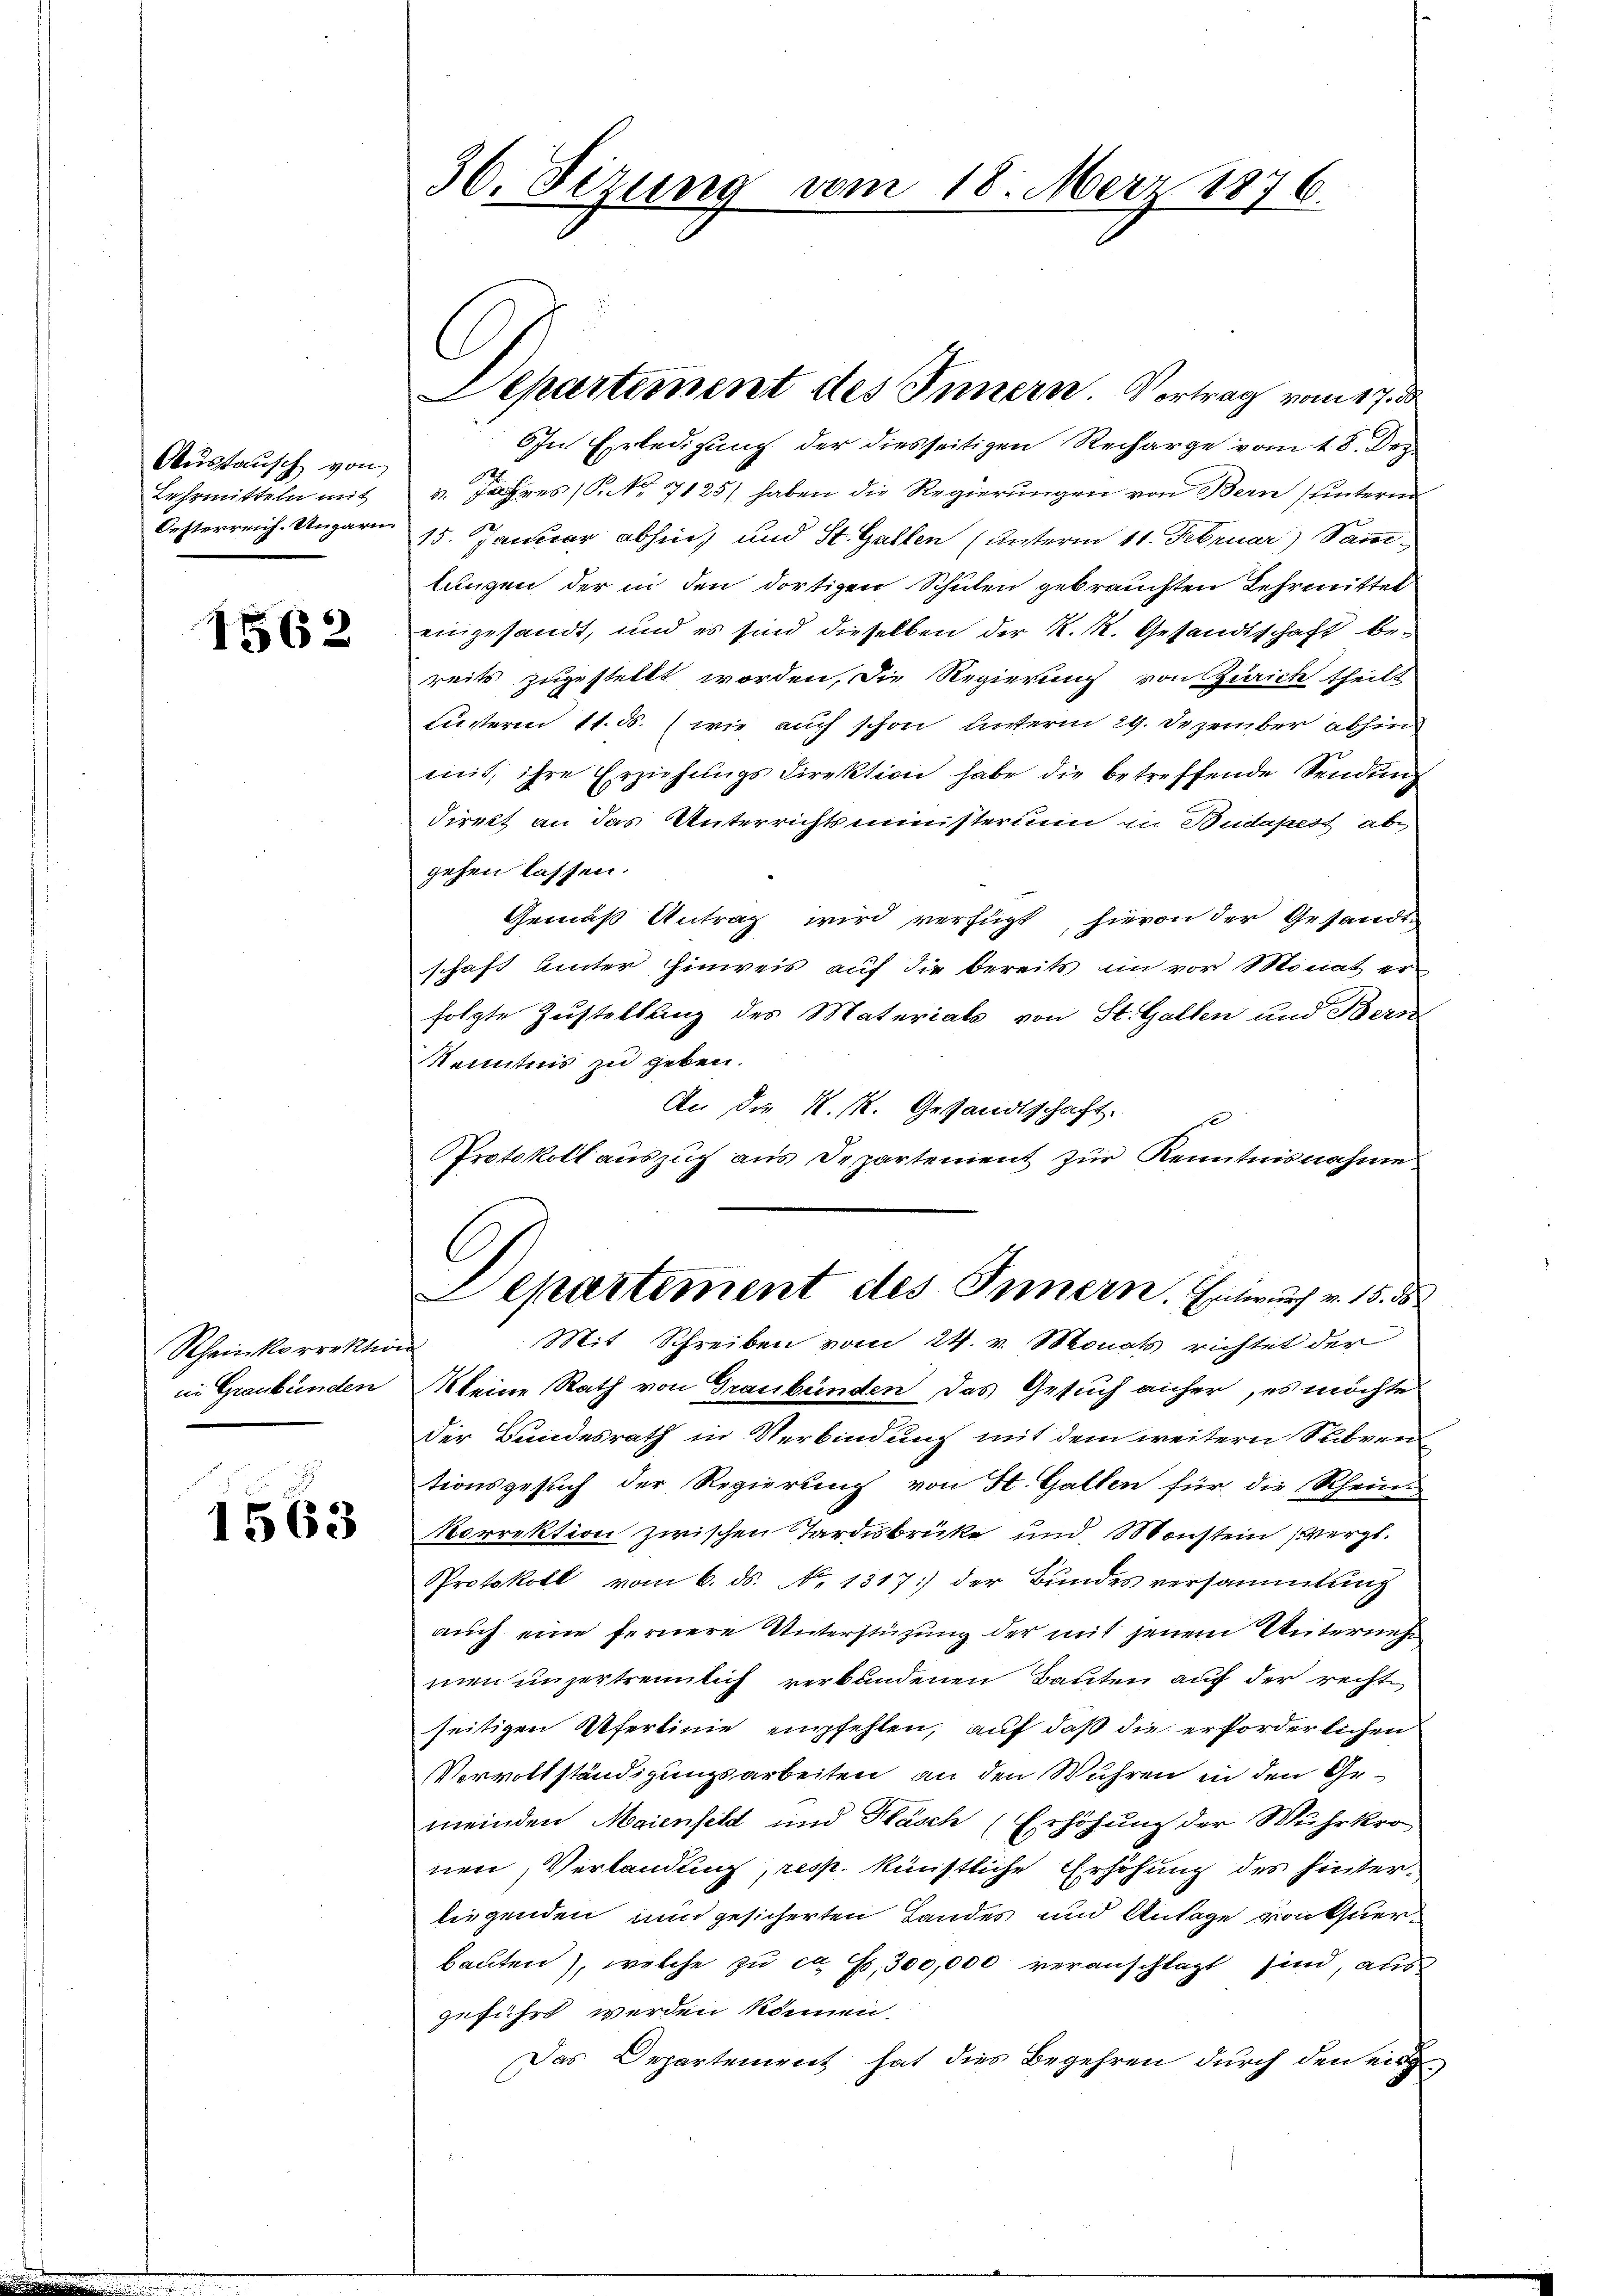
Ausstausch von
Lehrmitteln mit
Oesterreich. Ungarn

1562

Rheinkorrekti
in Graubünden

1563

36. Sizung vom 18. März 1876.

OIn Erledigung der diesseitigen Recharge vom 18. Dez.
vres (S. 7125) haben die Regierungen von Bern (untern
15. Januar abhin, und St. Gallen (unterm 11. Februar) Sanilungen der in den dortigen Schulen gebrauchten Lehrmittel
eingesandt, und es sind dieselben der K. K. Gesandtschaft bereits zugestellt worden, die Regierung von Zürich theilt
unsterm 11. ds. wie auch schon unterm 29. Dezember abhin
mit, ihre Erziehungsdirektion habe die betreffende Sendung
direkt an das Unterrichtsministerium in Budapest ab
gehen lassen.
Gemäß Antrag wird verfügt, hievon der Gesandte
schaft unter hinweis auf die bereits im vor Monat er
folgte Zustellung des Materials von St. Gallen und Bern
Kenntnis zu geben.
An die K. M. Gesandtschaft.
Protokoll auszug aus Departement zur Kenntnisnahme
C
Separtiment des Innern. Entwurf v. 15. ds
Mit Schreiben vom 24. v. Monat richtet der
keine Rath von Graubünden das Gesuch anher, es möchte
der Bundesrath in Verbindung mit dem weitern Subven
tionsgesuch der Regierung von St. Gallen für die Rhein-
Norrektion zwischen Tardisbrüke und Monstein vergl.
Protokoll vom 6. ds. No. 1317) der Bundes versammlung
auch eine fernere Unterstützung der mit jenen Unternehmen unzertrennlich verbundenen Bauten auf der rechte
seitigen Ufertinie empfehlen, auf daß die erforderlichen
Vervollständigungsarbeiten an den Wuhren in den Gemeinden Maienfeld und Pläsch (Erhöhung der Wuhrkro
nen, Verlandung, resp. künstliche Erhöhung des hinterliegenden, und gesicherten Landes und Anlage von thuerbauten), welche zu ca Fr. 300,000 veranschlägt sind, aus
geführt werden können.
Das Departement hat dies Begehren durch den ein

Departement des Innern. Vortrag vom 17. de